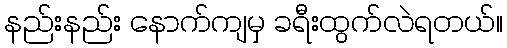
နည်းနည်း နောက်ကျမှ ခရီးထွက်လဲရတယ်။